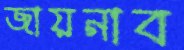
জায়নাব